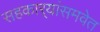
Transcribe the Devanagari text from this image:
सहकार्‍यांसमवेत